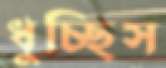
ধুচ্ছিস